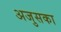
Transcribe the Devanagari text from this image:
अजुसका